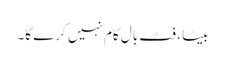
بیٹا ، فٹ بال کام نہیں کرے گا۔